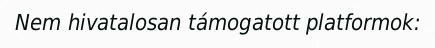
Nem hivatalosan támogatott platformok: